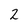
Character: 2